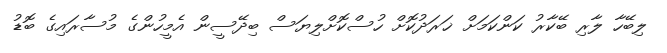
ލިބޭހާ ލާރި ބޭކާރު ކަންކަމަށް ޚަރަދުކޮށް ހުސްކޮށްލިޔަސް ބިދޭސީން އެމީހުންގެ މުސާރައިގެ ބޮޑު